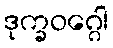
ဒုက္ခဝဂ္ဂေါ